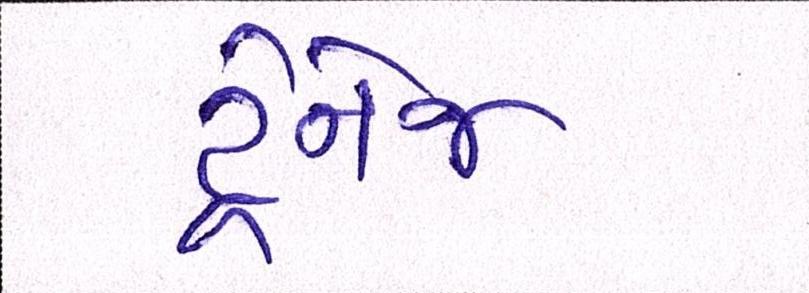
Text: ડ્રેનેજ